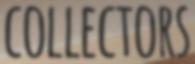
COLLECTORS